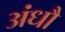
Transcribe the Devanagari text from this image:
अंधौ